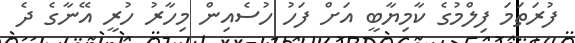
ފުރަތަމަ ފިލްމުގެ ކާމިޔާބީ އަށް ފަހު ހުސެއިން މިހާރު ހުރީ އޭނާގެ ދެ